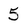
Character: 5